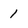
Character: 1